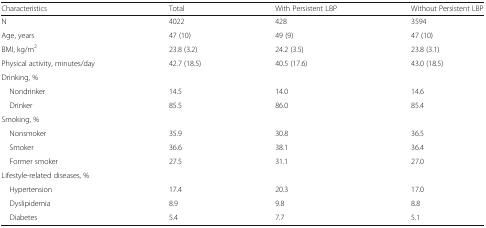
| Characteristics | Total | With Persistent LBP | Without Persistent LBP |
 | --- | --- | --- | --- |
 | N | 4022 | 428 | 3594 |
 | Age, years | 47 (10) | 49 (9) | 47 (10) |
 | BMI, kg/m2 | 23.8 (3.2) | 24.2 (3.5) | 23.8 (3.1) |
 | Physical activity, minutes/day | 42.7 (18.5) | 40.5 (17.6) | 43.0 (18.5) |
 | <COLSPAN=4> Drinking, % |
 | Nondrinker | 14.5 | 14.0 | 14.6 |
 | Drinker | 85.5 | 86.0 | 85.4 |
 | <COLSPAN=4> Smoking, % |
 | Nonsmoker | 35.9 | 30.8 | 36.5 |
 | Smoker | 36.6 | 38.1 | 36.4 |
 | Former smoker | 27.5 | 31.1 | 27.0 |
 | <COLSPAN=4> Lifestyle-related diseases, % |
 | Hypertension | 17.4 | 20.3 | 17.0 |
 | Dyslipidemia | 8.9 | 9.8 | 8.8 |
 | Diabetes | 5.4 | 7.7 | 5.1 |